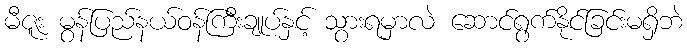
မီဇူး မွန်ပြည်နယ်ဝန်ကြီးချုပ်နှင့် သွားရမှာလဲ ဆောင်ရွက်နိုင်ခြင်းမရှိဘဲ